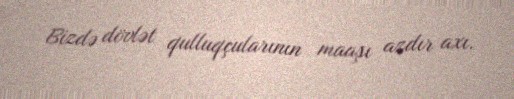
Bizdə dövlət qulluqçularının maaşı azdır axı.